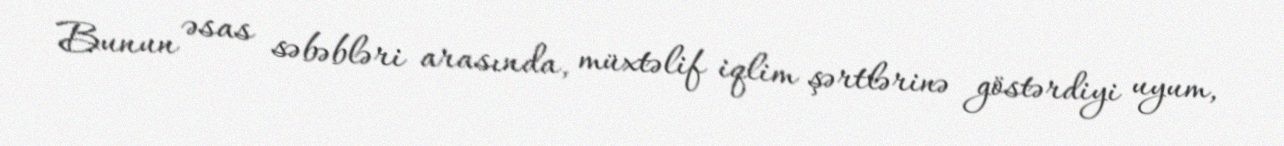
Bunun əsas səbəbləri arasında, müxtəlif iqlim şərtlərinə göstərdiyi uyum,